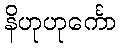
နိဟုဟုင်္ကော